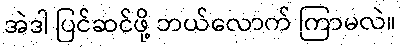
အဲဒါ ပြင်ဆင်ဖို့ ဘယ်လောက် ကြာမလဲ။